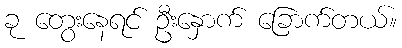
ခု တွေးနေရင် ဦးနှောက် ခြောက်တယ်။